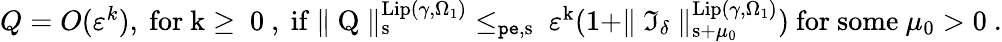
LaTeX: \begin{array}{r}{Q=O(\varepsilon^{k}),\mathrm{~for~k\ge~0~,~if~\rVert~Q~\rVert^{\mathrm{Lip}(\gamma,\Omega_1)}_{s}\le_{\mathtt{pe},s}~\varepsilon^k(1+\rVert~\mathfrak{I}_\delta~\rVert^{\mathrm{Lip}(\gamma,\Omega_1)}_{s+\mu_0})~for~some~\mu_0>0~}.}\end{array}